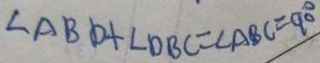
\angle A B D + \angle D B C = \angle A B C = 9 0 ^ { \circ }